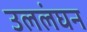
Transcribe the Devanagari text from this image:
उललंघन